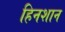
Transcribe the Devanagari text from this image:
हिनशान